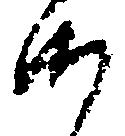
沙